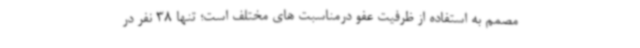
مصمم به استفاده از ظرفیت عفو درمناسبت های مختلف است؛ تنها 38 نفر در